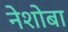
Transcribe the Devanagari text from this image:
नेशोबा